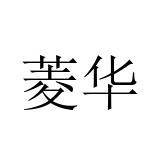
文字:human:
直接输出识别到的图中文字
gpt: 菱华